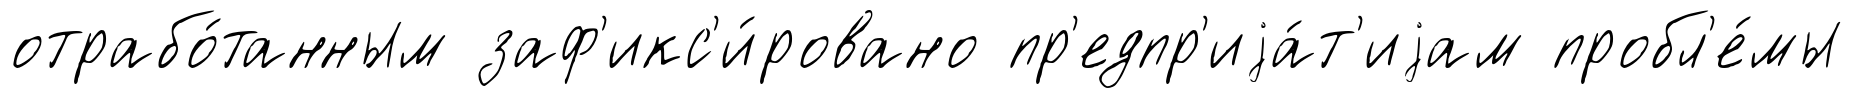
отрабо́танным заф'икс'и́ровано пр'едпр'иjа́т'иjам пробл'е́мы